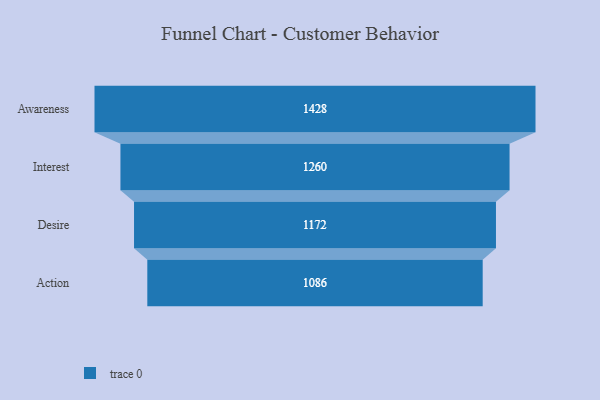
{"axis": {"x": "Stage", "y": "Value"}, "legend": [""], "data": [{"x": "Awareness", "y": 1428.0, "type": ""}, {"x": "Interest", "y": 1260.0, "type": ""}, {"x": "Desire", "y": 1172.0, "type": ""}, {"x": "Action", "y": 1086.0, "type": ""}]}